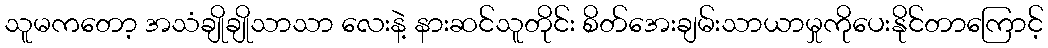
သူမကတော့ အသံချိုချိုသာသာ လေးနဲ့ နားဆင်သူတိုင်း စိတ်အေးချမ်းသာယာမှုကိုပေးနိုင်တာကြောင့်